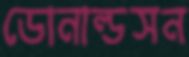
ডোনাল্ডসন